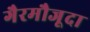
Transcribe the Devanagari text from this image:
गैरमौजूदा